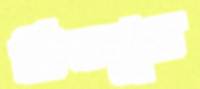
প্রিয়পুত্র